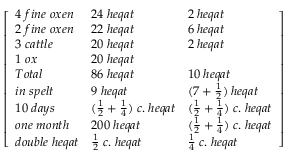
\left[ \begin{array} { l l l } { 4 \; f i n e \; o x e n } & { 2 4 \; h e q a t } & { 2 \; h e q a t } \\ { 2 \; f i n e \; o x e n } & { 2 2 \; h e q a t } & { 6 \; h e q a t } \\ { 3 \; c a t t l e } & { 2 0 \; h e q a t } & { 2 \; h e q a t } \\ { 1 \; o x } & { 2 0 \; h e q a t } & { } \\ { T o t a l } & { 8 6 \; h e q a t } & { 1 0 \; h e q a t } \\ { i n \; s p e l t } & { 9 \; h e q a t } & { ( 7 + { \frac { 1 } { 2 } } ) \; h e q a t } \\ { 1 0 \; d a y s } & { ( { \frac { 1 } { 2 } } + { \frac { 1 } { 4 } } ) \; c . \; h e q a t } & { ( { \frac { 1 } { 2 } } + { \frac { 1 } { 4 } } ) \; c . \; h e q a t } \\ { o n e \; m o n t h } & { 2 0 0 \; h e q a t } & { ( { \frac { 1 } { 2 } } + { \frac { 1 } { 4 } } ) \; c . \; h e q a t } \\ { d o u b l e \; h e q a t } & { { \frac { 1 } { 2 } } \; c . \; h e q a t } & { { \frac { 1 } { 4 } } \; c . \; h e q a t } \end{array} \right]